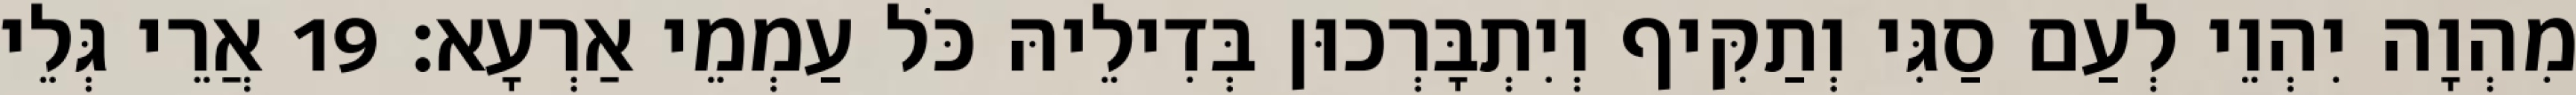
מִהְוָה יִהְוֵי לְעַם סַגִּי וְתַקִּיף וְיִתְבָּרְכוּן בְּדִילֵיהּ כֹּל עַמְמֵי אַרְעָא׃ 19 אֲרֵי גְּלֵי